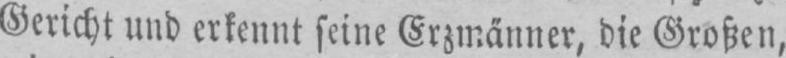
Gericht und erkennt seine Erzmänner, die Großen,